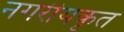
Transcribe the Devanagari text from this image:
नगरीयकृत